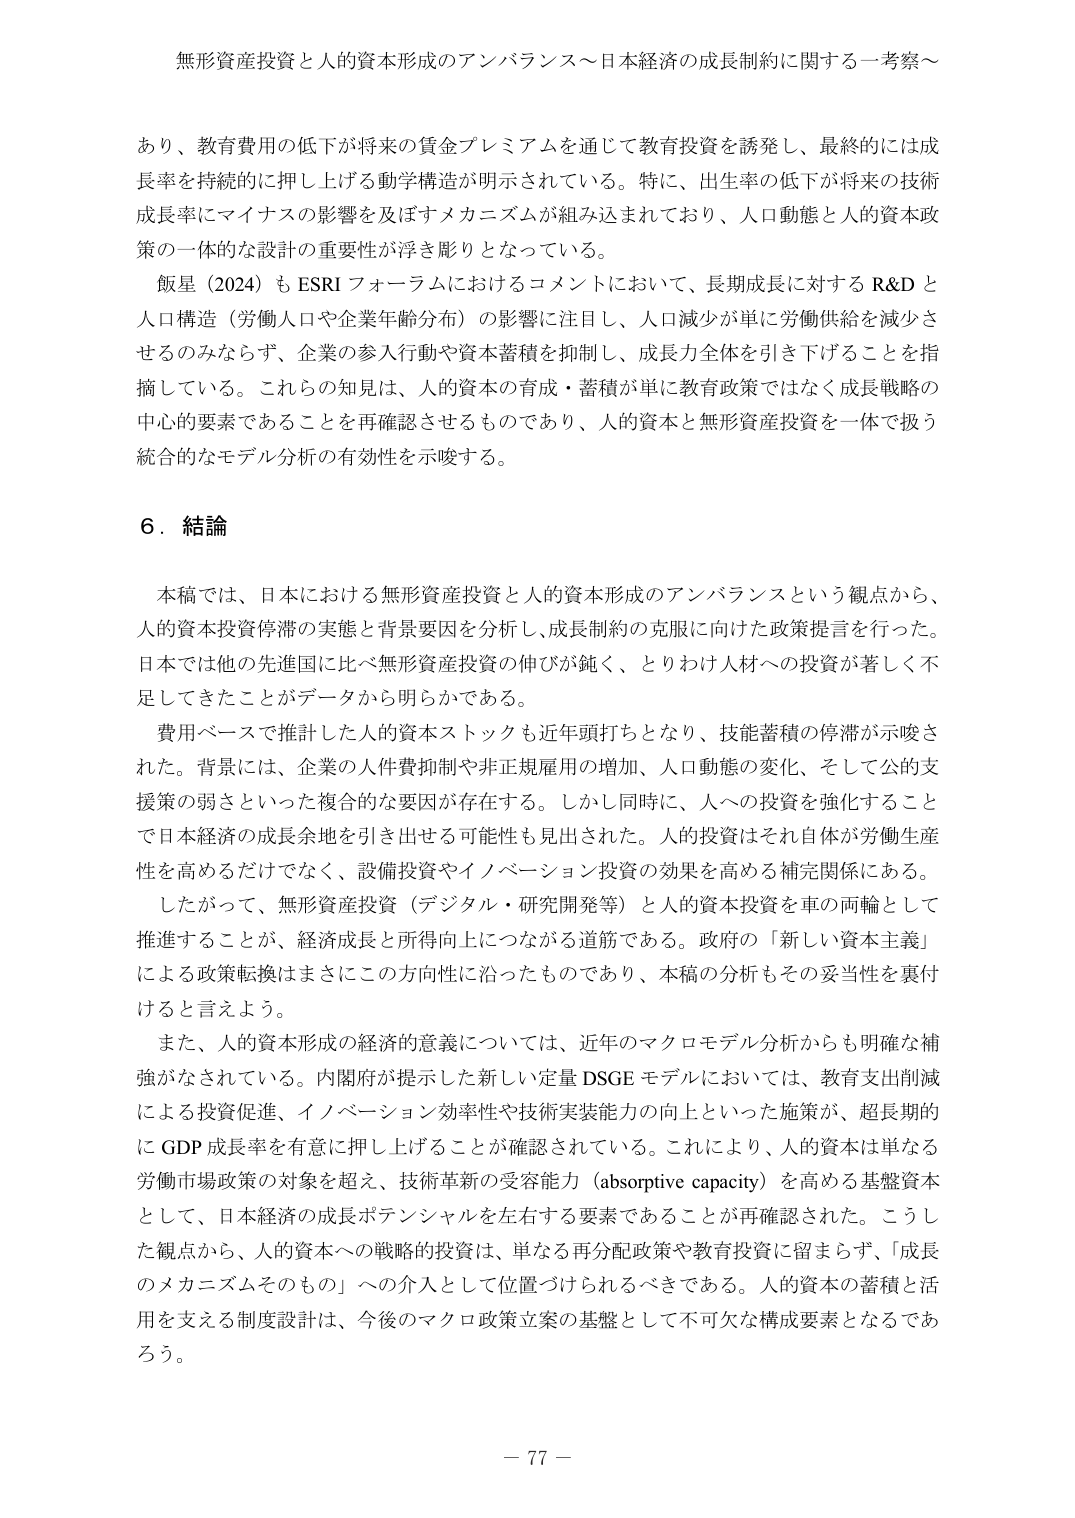
無形資産投資と人的資本形成のアンバランス～日本経済の成長制約に関する一考察～

あり、教育費用の低下が将来の賃金プレミアムを通じて教育投資を誘発し、最終的には成長率を持続的に押し上げげる動学構造が明示されている。特に、出生率の低下が将来の技術成長率にマイナスの影響を及ぼすメカニズムが組み込まれており、人口動態と人的資本政策の一体的な設計の重要性が浮き彫りとなっている。

飯星（2024）も ESRI フォーラムにおけるコメントにおいて、長期成長に対する R&D と人口構造（労働人口や企業年齢分布）の影響に注目し、人口減少が単に労働供給を減少させるのみならず、企業の参入行動や資本蓄積を抑制し、成長力全体を引き下げることを指摘している。これらの知見は、人的資本の育成・蓄積が単に教育政策ではなく成長戦略の中心的要素であることを再確認させるものであり、人的資本と無形資産投資を一体で扱う統合的なモデル分析の有効性を示唆する。

６．結論

本稿では、日本における無形資産投資と人的資本形成のアンバランスという観点から、人的資本投資停滞の実態と背景要因を分析し、成長制約の克服に向けた政策提言を行った。日本では他の先進国に比べ無形資産投資の伸びが鈍く、とりわけ人材への投資が著しく不足してきたことがデータから明らかである。

費用ベースで推計した人的資本ストックも近年頭打ちとなり、技能蓄積の停滞が示唆された。背景には、企業の人件費抑制や非正規雇用の増加、人口動態の変化、そして公的支援策の弱さといった複合的な要因が存在する。しかし同時に、人への投資を強化することで日本経済の成長余地を引き出せる可能性も見出された。人的投資はそれ自体が労働生産性を高めるだけでなく、設備投資やイノベーション投資の効果を高める補完関係にある。

したがって、無形資産投資（デジタル・研究開発等）と人的資本投資を車の両輪として推進することが、経済成長と所得向上につながる道筋である。政府の「新しい資本主義」による政策転換はまさにこの方向性に沿ったものであり、本稿の分析もその妥当性を裏付けると言えよう。

また、人的資本形成の経済的意義については、近年のマクロモデル分析からも明確な補強がなされている。内閣府が提示した新しい定量 DSGE モデルにおいては、教育支出削減による投資促進、イノベーション効率性や技術実装能力の向上といった施策が、超長期的に GDP 成長率を有意に押し上げることが確認されている。これにより、人的資本は単なる労働市場政策の対象を超え、技術革新の受容能力（absorptive capacity）を高める基盤資本として、日本経済の成長ポテンシャルを左右する要素であることが再確認された。こうした観点から、人的資本への戦略的投資は、単なる再分配政策や教育投資に留まらず、「成長のメカニズムそのもの」への介入として位置づけられるべきである。人的資本の蓄積と活用を支える制度設計は、今後のマクロ政策立案の基盤として不可欠な構成要素となるであろう。

－ 77 －